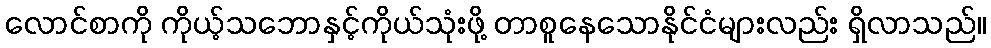
လောင်စာကို ကိုယ့်သဘောနှင့်ကိုယ်သုံးဖို့ တာစူနေသောနိုင်ငံများလည်း ရှိလာသည်။